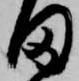
田